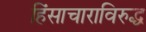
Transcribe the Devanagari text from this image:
हिंसाचाराविरुद्ध